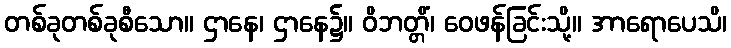
တစ်ခုတစ်ခုစီသော။ ဌာနေ၊ ဌာနေ၌။ ဝိဘတ္တိံ၊ ဝေဖန်ခြင်းသို့။ အာရောပေသိ၊